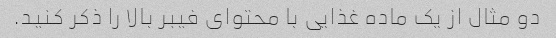
دو مثال از یک ماده غذایی با محتوای فیبر بالا را ذکر کنید.